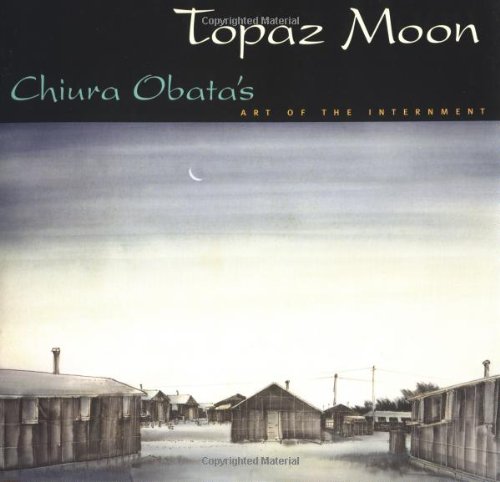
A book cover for Topaz Moon: Chiura Obata's Art of the Internment; Chiura Obata; Biographies & Memoirs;